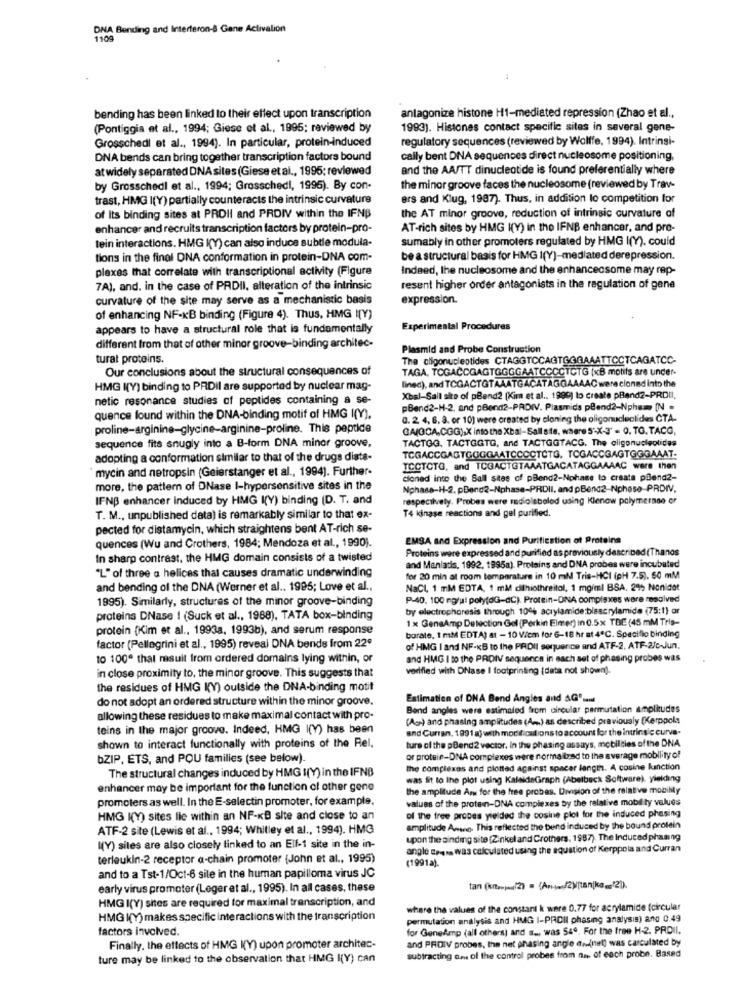
DNA Bending and Interferon-& Gane Activalion
1109
bending has been linked to their effect upon transcription
antagonize histone H1-mediated repression (Zhao et al .,
(Pontiggia et al ., 1994; Giese et al ., 1995; reviewed by
1993). Histones contact specific sites in several gene-
regulatory sequences (reviewed by Wolffe, 1994). Intrinsi-
Grosschedi et al ., 1994). In particular, protein-induced
DNA bends can bring together transcription factors bound
cally bent DNA sequences direct nucleosome positioning,
at widely separated DNA sites (Giese et al ., 1995: reviewed
and the AA/TT dinucleotide is found preferentially where
by Grosschedl et al ., 1994; Grosschedi, 1995). By con-
the minor groove faces the nucleosome (reviewed by Trav-
trast, HMG I(Y) partially counteracts the intrinsic curvature
ers and Klug, 1987). Thus, in addition lo competition for
of Its binding sites at PROII and PRDIV within the IFNB
the AT minor groove, reduction of intrinsic curvature of
enhancer and recruits transcription factors by protein-pro-
AT-rich sites by HMG K(Y) in the IFNB enhancer, and pre-
tein interactions. HMG K(Y) can also induce subtle modula-
sumably in other promoters regulated by HMG I(Y). could
tions in the final DNA conformation in protein-DNA com-
be a structural basis for HMG 1(Y)-mediated derepression.
plexes that correlate with transcriptional activity (Figure
Indeed, the nucleosome and the enhancecsome may rep-
7A), and. in the case of PRDII, alteration of the intrinsic
resent higher order antagonists in the regulation of gene
curvature of the site may serve as a mechanistic basis
expression.
of enhancing NF-KB binding (Figure 4). Thus, HMG I(Y)
appears to have a structural role that is fundamentally
Experimental Procedures
different from that of other minor groove-binding architec-
Plasmid and Probe Construction
turat proteins.
The oligonucleotides CTAGGTCCAGTGGGAAATTCCTCAGATCC-
Our conclusions about the structural consequences of
TAGA, TOGACCGAGTGGGGAATCCCCTCTG (xB motifs are under-
HMG ((Y) binding to PRDil are supported by nuclear mag-
lined), and TCGACTGTAAATGACATAGGAAAAC were cioned into the
netic resonance studies of peptides containing a se-
Xbal-Sail sito of pBend2 (Kim et al ., 1999) to create pBend2-PRDII.
pBend2-H-2, and pBend2-PRDIV. Plasmids pBend2-Nphum [N .
quence lound within the DNA-binding motif of HMG I(Y).
0. 2 4, 6, 8. or 10) were created by cloning the oligonucleolides CTA-
proline-arginine-glycine-arginine-proline. This peptide
GA(GCA,CGG),X into the Xbal-Sall ste, where 5'X-3' = 0. TG. TACG,
TACTGG. TACTGGTG, and TACTGGTACG. The oligonucleotides
sequence fits snugly into a B-form DNA minor groove,
adopting a conformation similar to that of the drugs dista-
TCGACCGAGTGGGGAATCCCCTCTG. TOGACCGAGTGGGAAAT.
mycin and netropsin (Geierstanger et al ., 1994). Further-
ICCTCTG, and TCGACTGTAAATGACATAGGAAAAC were then
cloned into the Sall stes of pBend ?- Nphase to create pBend2-
more, the pattern of DNase I-hypersensitive sites in the
Nphase-H-2. pBend2-Nphase-PRDII, and pBend2-Nphase-PRDIV.
IFNB enhancer induced by HMG I(Y) binding (D. T. and
respectively. Probes were radiolabeled using Klenow polymerase or
T4 kinase reactions and gel purified.
T. M ., unpublished data) is remarkably similar to that ex-
pected for distamycin, which straightens bent AT-rich se-
quences (Wu and Crothers, 1984; Mendoza et al ., 1990).
EMSA and Expression and Purification of Proteins
Proteins were expressed and purified as previously described (Thanos
In sharp contrast, the HMG domain consists of a twisted
"L"of three a helices that causes dramatic underwinding
and Maniatis, 1992, 1995a). Protains and DNA probes were incubated
for 20 min at room temperature in 10 ml Tris-HCI (pH 7.5). 50 mM
and bending of the DNA (Werner et al .. 1995; Love et al .,
NaCl, 1 mM EDTA, 1 mM dilhiothreitol, 1 mg/ml BSA. 2%% Nonidet
1995). Similarly, structures of the minor groove-binding
P-40, 100 mg/ul poly(aG-dC). Protein-ONA complexes were resolved
by electrophoresis through 104 acıylamide:bisacrylamide (75:1) or
proteins DNase 1 (Suck et al ., 1988), TATA box-binding
1 x GensAmp Detection Gel (Perkin Elmer) in 0.5x TBC (45 mM Tris-
protein (Kim et al ., 1993a, 1993b), and serum response
borate, 1 mM EDTA) at - 10 Viem for 6-18 hr at 4℃. Specific binding
factor (Pellegrini et al ., 1995) reveal DNA bends from 22º
of HMG I and NF-KB to the PADII sequerice and ATF-2, ATF-2/c-Jun.
to 100ª that nasuit from ordered domains lying within, or
and HMG I to the PRDIV sequence in each set of phasing probes was
verifled with DNase I footprinting (data not shown).
in close proximity to, the minor groove. This suggests that
the residues of HMG K(Y) outside the DNA-binding motit
do not adopt an ordered structure within the minor groove.
Estimation of DNA Bend Angles and AG'send
Bend angles were estimaled from circular permutation amplitudes
allowing these residues to make maximal contact with pro-
(Ace) and phasing amplitudes (A) as described previously (Kerppola
teins in the major groove. Indeed, HMG I(Y) has been
and Curran, 1991 a) with modifications to account for the intrinsic curva-
ture of the pBend2 vector. In the phasing assays, mobilities of the DNA
shown to interact functionally with proteins of the Rel.
bZIP, ETS, and POU families (see below).
or protein-DNA complexes were normalized to the average mobility of
the complexes and plotted against spacer length. A cosine function
The structural changes induced by HMG I(Y) in the IFNB
was fit to the plot using KaleidaGraph (Abelbeck Software), yielding
enhancer may be important for the function of other gene
the amplitude Am for the free probes. Division of the relative mobilly
promoters as well. In the E-selectin promoter, for example,
values of the protein-DNA complexes by the relative mobil ty values
HMG I(Y) sites lie within an NF-KB site and close to an
of the free proces yielded the cosine plot for the induced phasing
ATF-2 site (Lewis et al ., 1994; Whitley et al ., 1994). HMG
amplitude Aneg. This reflected the bend induced by the bound protein
upon the sinding site (Zinkel and Crothers. 1987). The Induced phasing
((Y) sites are also closely linked to an Ell-1 site in the in-
angle Eens was calculated using the equation of Kerppola and Curran
terleukin-2 receptor a-chain promoter (John et al ., 1995)
(19912).
and to a Tst-1/Oct-6 sile in the human papilloma virus JC
early virus promoter (Leger et al ., 1995). In all cases, these
HMG I(Y) sites are required for maximal transcription, and
where the values of the constant k were 0.77 for acrylamide (circular
HMG K(Y) makes specific interactions with the transcription
permutation analysis and HMG I-PROII phasing analysis) and 0.49
factors involved.
for Genekmp (all others) and a ... was 549. For the free H-2. PROII.
and PROIV probes, the net phasing angle en(nel) was calculated by
Finally, the effects of HMG K(Y) upon promoter architec-
ture may be linked to the observation that HMG I(Y) can
subtracting om of the control probes from no of each probe. Based